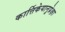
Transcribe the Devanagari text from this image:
कार्त्तिकेयानुप्रेक्षा